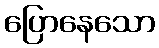
ပြောနေသော